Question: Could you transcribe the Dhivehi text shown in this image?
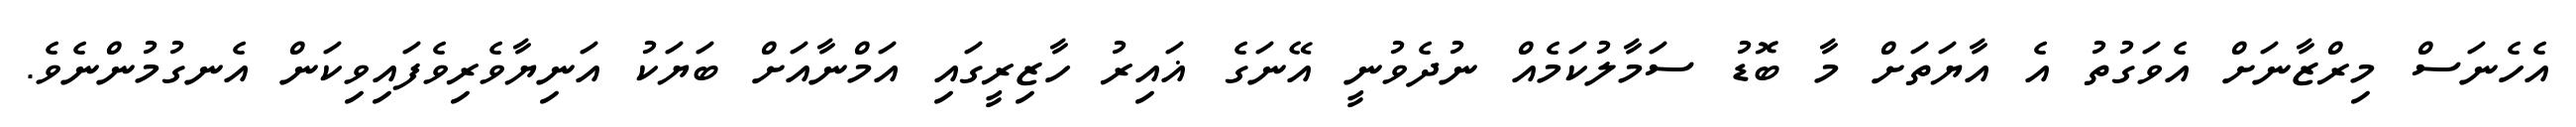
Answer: އެހެނަސް މިރްޒާނަށް އެވަގުތު އެ އާޔަތަށް މާ ބޮޑު ސަމާލުކަމެއް ނުދެވުނީ އޭނަގެ ޣައިރު ހާޒިރީގައި އަމްނާއަށް ބަޔަކު އަނިޔާވެރިވެފައިވިކަން އެނގުމުންނެވެ.